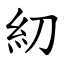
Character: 糿